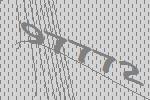
97772